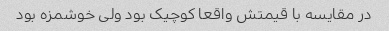
در مقایسه با قیمتش واقعا کوچیک بود ولی خوشمزه بود